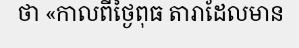
ថា «កាលពីថ្ងៃពុធ តារាដែលមាន